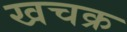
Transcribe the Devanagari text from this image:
खचक्र